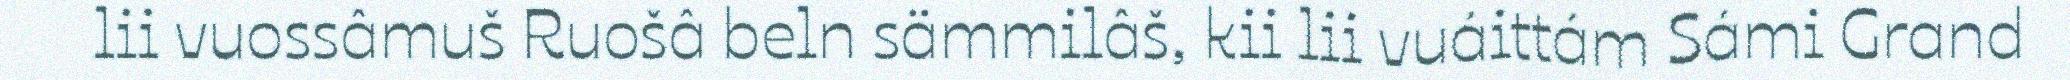
lii vuossâmuš Ruošâ beln sämmilâš, kii lii vuáittám Sámi Grand